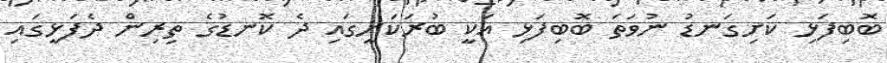
ބޮބިފަޅި ކަށިގަނޑު ނުވަތަ ބޮބިފަޅި އަކީ ބުރަކަށީގައި ދެ ކޮނޑުގެ ތިރިން ދެފަޅީގައި